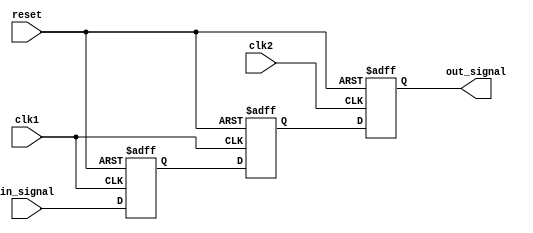
module three_flop_synchronizer (
    input wire clk1, // incoming signal clock
    input wire clk2, // desired clock domain
    input wire reset, 
    input wire in_signal,
    output reg out_signal
);

reg flop1, flop2, flop3;

always @(posedge clk1 or posedge reset) begin
    if (reset) begin
        flop1 <= 0;
    end else begin
        flop1 <= in_signal;
    end
end

always @(posedge clk1 or posedge reset) begin
    if (reset) begin
        flop2 <= 0;
    end else begin
        flop2 <= flop1;
    end
end

always @(posedge clk2 or posedge reset) begin
    if (reset) begin
        flop3 <= 0;
    end else begin
        flop3 <= flop2;
    end
end

assign out_signal = flop3;

endmodule